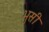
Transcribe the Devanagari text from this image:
भुसी